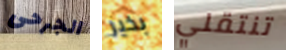
الجرحى بخير تنتقلي